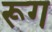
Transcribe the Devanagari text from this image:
रूग